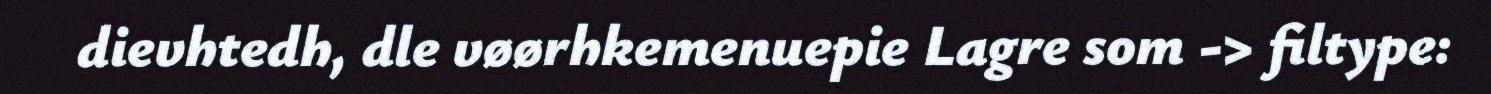
dievhtedh, dle vøørhkemenuepie Lagre som -> filtype: